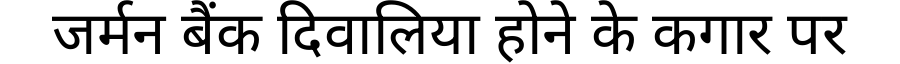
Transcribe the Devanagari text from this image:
जर्मन बैंक दिवालिया होने के कगार पर